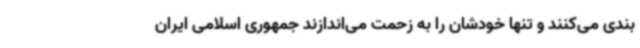
بندی می‌کنند و تنها خودشان را به زحمت می‌اندازند جمهوری اسلامی ایران